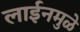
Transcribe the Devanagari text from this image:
लाईनमुळे